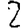
Digit: 2